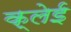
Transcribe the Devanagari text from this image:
क्लेई